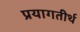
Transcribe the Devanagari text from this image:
प्रयागतीर्थ